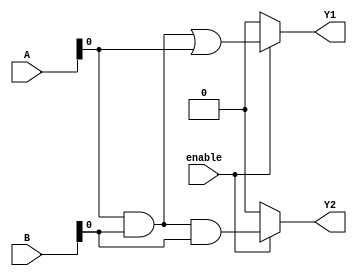
module CombinationalLogic (
    input wire [3:0] A,      // 4-bit input A
    input wire [3:0] B,      // 4-bit input B
    input wire enable,        // Enable signal for outputs
    output wire Y1,          // Output Y1
    output wire Y2           // Output Y2
);

// Shared Logic Block
wire common_logic; // Intermediate wire for shared logic

// Example of common logic: AND operation on inputs A and B
assign common_logic = A & B; // Common logic shared by both outputs

// Output Logic Blocks
assign Y1 = enable ? (common_logic | A) : 1'b0; // Y1 combines common logic with A
assign Y2 = enable ? (common_logic & B) : 1'b0; // Y2 combines common logic with B

endmodule